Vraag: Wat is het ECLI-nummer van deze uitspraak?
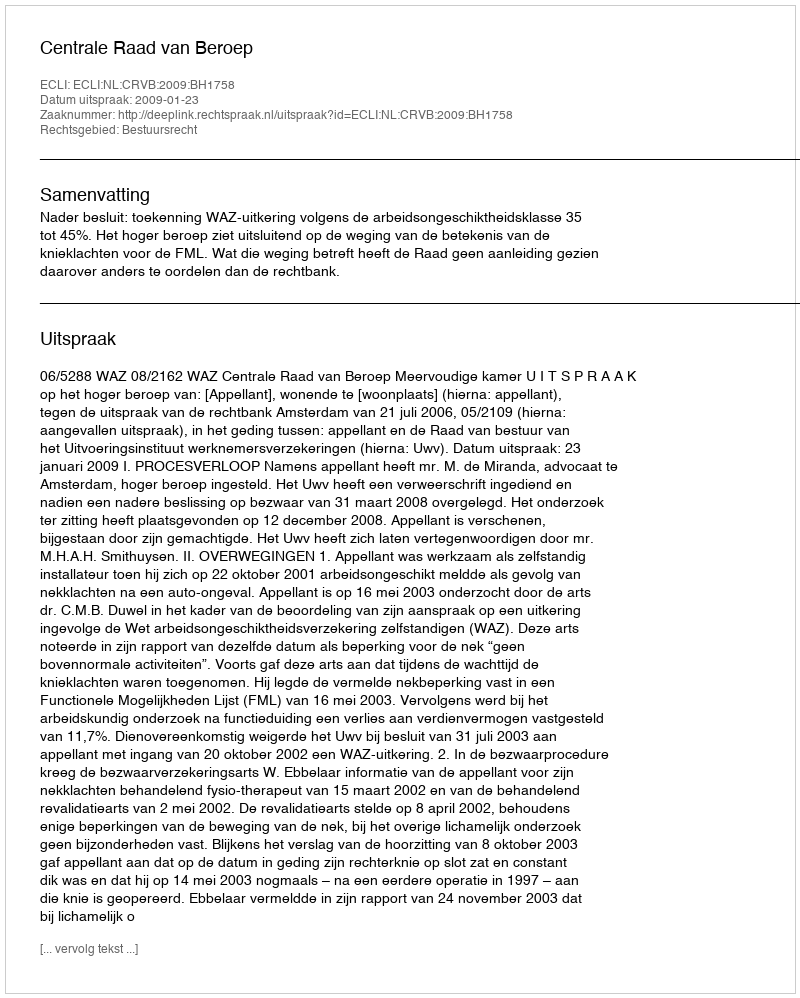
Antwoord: ECLI:NL:CRVB:2009:BH1758